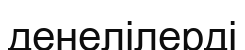
денелілерді